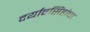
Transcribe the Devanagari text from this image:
दर्यावसिंहांचा